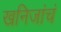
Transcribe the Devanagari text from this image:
खनिजांचं